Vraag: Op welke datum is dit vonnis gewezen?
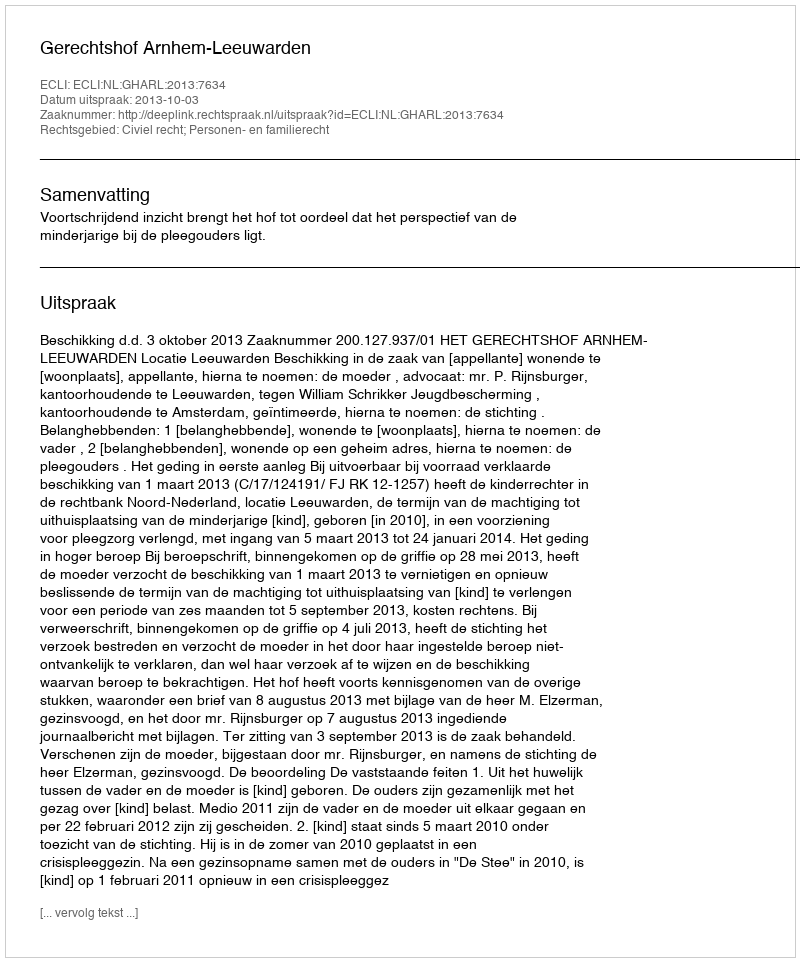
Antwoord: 2013-10-03